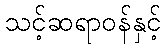
သင့်ဆရာဝန်နှင့်